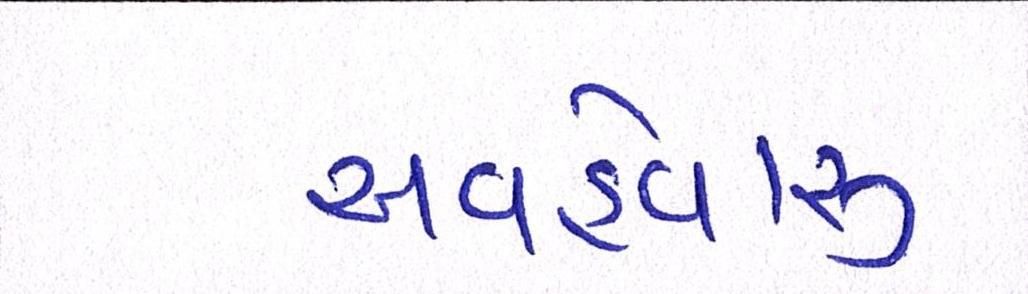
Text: અવહેવારુ